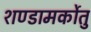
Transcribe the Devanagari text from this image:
शण्डामर्कोतु